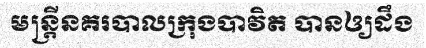
មន្ត្រីនគរបាលក្រុងបាវិត បានឲ្យដឹង